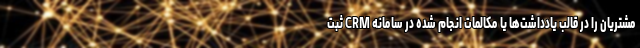
مشتریان را در قالب یادداشت‌ها یا مکالمات انجام شده در سامانه CRM ثبت